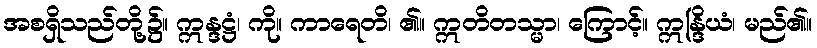
အစရှိသည်တို့၌။ ဣန္ဒဋ္ဌံ၊ ကို။ ကာရေတိ၊ ၏။ ဣတိတသ္မာ၊ ကြောင့်။ ဣန္ဒြိယံ၊ မည်၏။